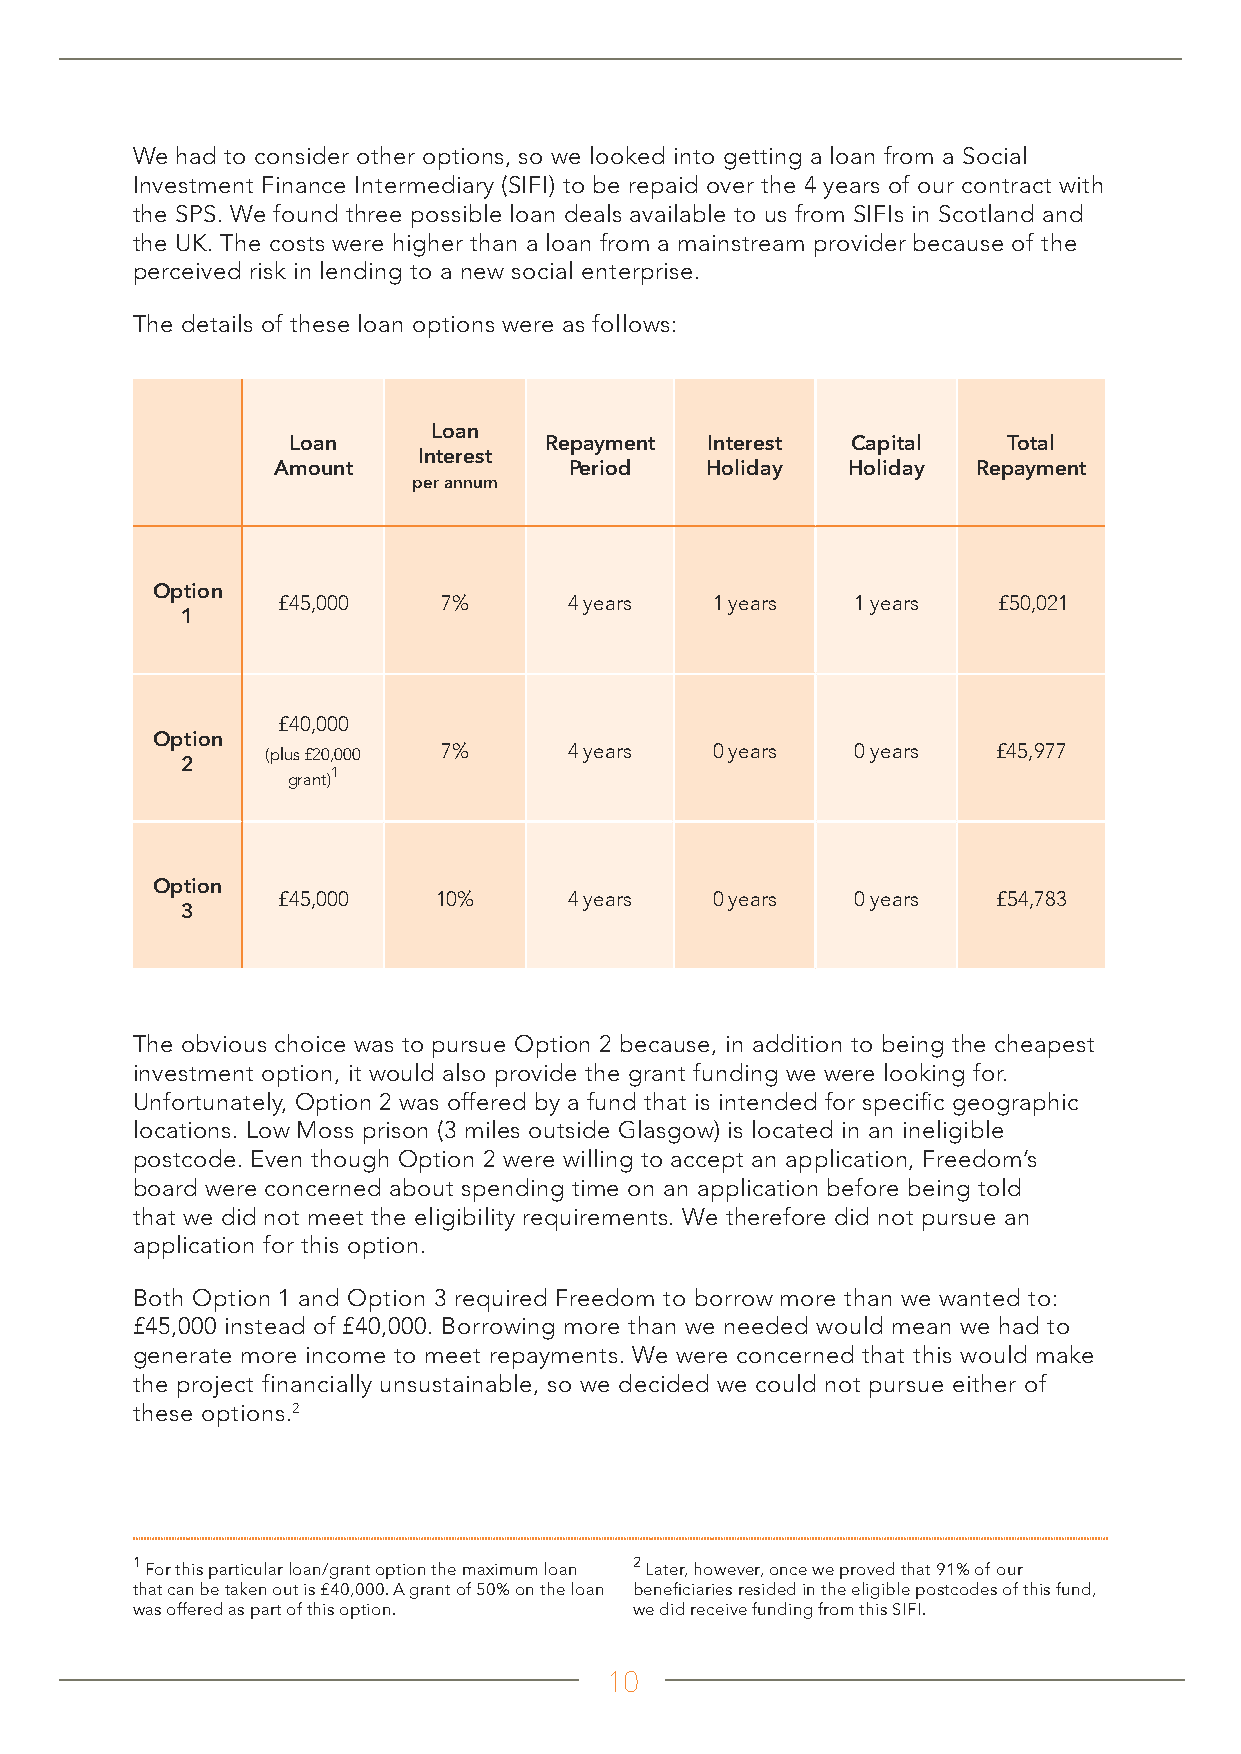
We had to consider other options, so we looked into getting a loan from a Social
 Investment Finance Intermediary (SIFI) to be repaid over the 4 years of our contract with
 the SPS. We found three possible loan deals available to us from SIFIs in Scotland and
 the UK. The costs were higher than a loan from a mainstream provider because of the
 perceived risk in lending to a new social enterprise.
 The details of these loan options were as follows:
 Loan
 Loan             Repayment  Interest Capital    Total
 Interest
 Amount              Period   Holiday  Holiday  Repayment
 per annum
 Option
 £45,000    7%       4 years  1 years   1 years  £50,021
 1
 £40,000
 Option
 (plus £20,000 7%    4 years  0 years   0 years  £45,977
 2
 grant)1
 Option
 £45,000    10%      4 years  0 years   0 years  £54,783
 3
 The obvious choice was to pursue Option 2 because, in addition to being the cheapest
 investment option, it would also provide the grant funding we were looking for.
 Unfortunately, Option 2 was offered by a fund that is intended for specific geographic
 locations. Low Moss prison (3 miles outside Glasgow) is located in an ineligible
 postcode. Even though Option 2 were willing to accept an application, Freedom’s
 board were concerned about spending time on an application before being told
 that we did not meet the eligibility requirements. We therefore did not pursue an
 application for this option.
 Both Option 1 and Option 3 required Freedom to borrow more than we wanted to:
 £45,000 instead of £40,000. Borrowing more than we needed would mean we had to
 generate more income to meet repayments. We were concerned that this would make
 the project financially unsustainable, so we decided we could not pursue either of
 these options.2
 1                                2
 For this particular loan/grant option the maximum loan Later, however, once we proved that 91% of our
 that can be taken out is £40,000. A grant of 50% on the loan beneficiaries resided in the eligible postcodes of this fund,
 was offered as part of this option. we did receive funding from this SIFI.
 10